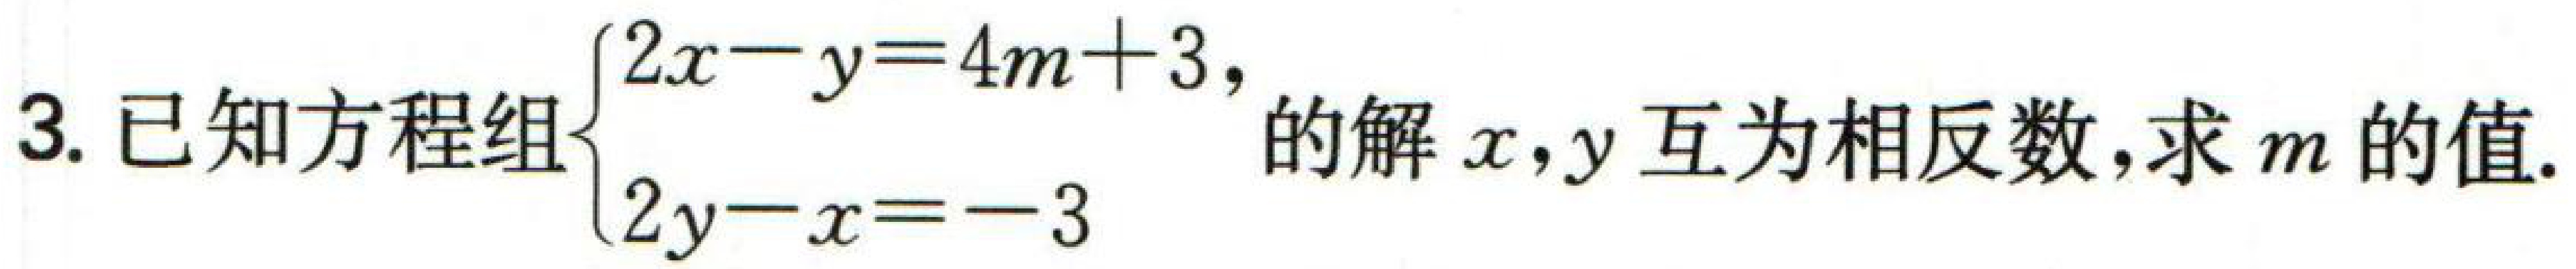
已知方程组$\begin{cases}2x - y = 4m + 3,\\2y - x = - 3\end{cases}$的解$x,y$互为相反数,求$m$的值.